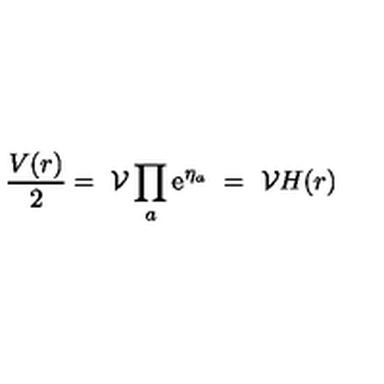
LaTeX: \frac { V ( r ) } { 2 } = \ \mathcal { V } \prod _ { a } \mathrm { e } ^ { \eta _ { a } } \ = \ \mathcal { V } H ( r )